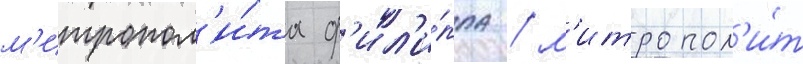
м'итропол'и́та ф'ил'и́ппа / м'итропол'и́т